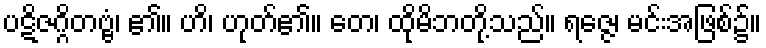
ပဋိဇဂ္ဂိတဗ္ဗံ၊ ၏။ ဟိ၊ ဟုတ်၏။ တေ၊ ထိုမိဘတို့သည်။ ရဇ္ဇေ၊ မင်းအဖြစ်၌။